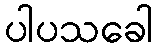
ပါပသခေါ